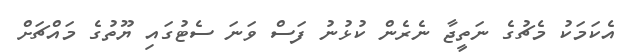
އެކަމަކު މެޗުގެ ނަތީޖާ ނެރެން ކުޅުނު ފަސް ވަނަ ސެޓުގައި ޔޫތުގެ މައްޗަށް